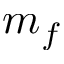
m _ { f }